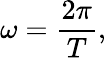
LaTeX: \omega={\frac{2\pi}{T}},